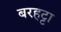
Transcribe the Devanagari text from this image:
बरहट्टा